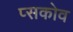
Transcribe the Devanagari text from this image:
प्सकोव